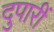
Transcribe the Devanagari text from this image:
दुपारीं